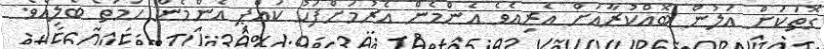
ގޮތަކަށް އަލުން ބޮއްކުރާއަށް އެރިއެވެ އެންމެން އެރުމަށްފަހު ކައްޕި އެންމެން ހަމަތޯ ބެލިއެވެ.